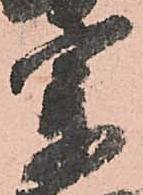
宰